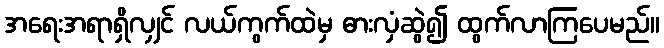
အရေးအရာရှိလျှင် လယ်ကွက်ထဲမှ ဓားလှံဆွဲ၍ ထွက်လာကြပေမည်။